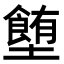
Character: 𡓉